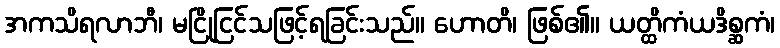
အကသိရလာဘီ၊ မငြိုငြင်သဖြင့်ရခြင်းသည်။ ဟောတိ၊ ဖြစ်၏။ ယတ္ထိကံယဒိစ္ဆကံ၊